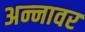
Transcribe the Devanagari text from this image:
अन्‍नावर